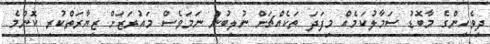
ދިވެހިންގެ މާބޮޑު ސަމާލުކަމެއް މިފަދަ ތަކެއްޗަށް ނުލިބުނު ނަމަވެސް މައުރަޒަށް ޒިޔާރަތްކުރި ކޮންމެ